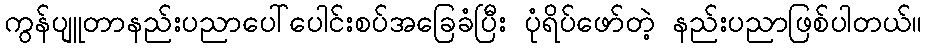
ကွန်ပျူတာနည်းပညာပေါ်ပေါင်းစပ်အခြေခံပြီး ပုံရိပ်ဖော်တဲ့ နည်းပညာဖြစ်ပါတယ်။